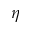
\eta